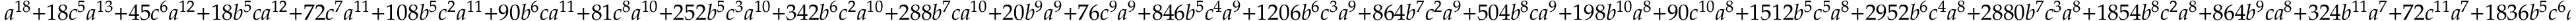
a ^ { 1 8 } + 1 8 c ^ { 5 } a ^ { 1 3 } + 4 5 c ^ { 6 } a ^ { 1 2 } + 1 8 b ^ { 5 } c a ^ { 1 2 } + 7 2 c ^ { 7 } a ^ { 1 1 } + 1 0 8 b ^ { 5 } c ^ { 2 } a ^ { 1 1 } + 9 0 b ^ { 6 } c a ^ { 1 1 } + 8 1 c ^ { 8 } a ^ { 1 0 } + 2 5 2 b ^ { 5 } c ^ { 3 } a ^ { 1 0 } + 3 4 2 b ^ { 6 } c ^ { 2 } a ^ { 1 0 } + 2 8 8 b ^ { 7 } c a ^ { 1 0 } + 2 0 b ^ { 9 } a ^ { 9 } + 7 6 c ^ { 9 } a ^ { 9 } + 8 4 6 b ^ { 5 } c ^ { 4 } a ^ { 9 } + 1 2 0 6 b ^ { 6 } c ^ { 3 } a ^ { 9 } + 8 6 4 b ^ { 7 } c ^ { 2 } a ^ { 9 } + 5 0 4 b ^ { 8 } c a ^ { 9 } + 1 9 8 b ^ { 1 0 } a ^ { 8 } + 9 0 c ^ { 1 0 } a ^ { 8 } + 1 5 1 2 b ^ { 5 } c ^ { 5 } a ^ { 8 } + 2 9 5 2 b ^ { 6 } c ^ { 4 } a ^ { 8 } + 2 8 8 0 b ^ { 7 } c ^ { 3 } a ^ { 8 } + 1 8 5 4 b ^ { 8 } c ^ { 2 } a ^ { 8 } + 8 6 4 b ^ { 9 } c a ^ { 8 } + 3 2 4 b ^ { 1 1 } a ^ { 7 } + 7 2 c ^ { 1 1 } a ^ { 7 } + 1 8 3 6 b ^ { 5 } c ^ { 6 } a ^ { 7 } + 4 2 8 4 b ^ { 6 } c ^ { 5 } a ^ { 7 } + 6 3 0 0 b ^ { 7 } c ^ { 4 } a ^ { 7 } + 4 6 0 8 b ^ { 8 } c ^ { 3 } a ^ { 7 } + 2 6 2 8 b ^ { 9 } c ^ { 2 } a ^ { 7 } + 1 3 6 8 b ^ { 1 0 } c a ^ { 7 } + 2 4 0 b ^ { 1 2 } a ^ { 6 } + 3 0 c ^ { 1 2 } a ^ { 6 } + 1 9 8 0 b ^ { 5 } c ^ { 7 } a ^ { 6 } + 5 0 7 6 b ^ { 6 } c ^ { 6 } a ^ { 6 } + 8 1 7 2 b ^ { 7 } c ^ { 5 } a ^ { 6 } + 8 6 4 0 b ^ { 8 } c ^ { 4 } a ^ { 6 } + 6 2 2 8 b ^ { 9 } c ^ { 3 } a ^ { 6 } + 5 1 1 2 b ^ { 1 0 } c ^ { 2 } a ^ { 6 } + 1 9 0 8 b ^ { 1 1 } c a ^ { 6 } + 2 8 8 b ^ { 1 3 } a ^ { 5 } + 1 8 c ^ { 1 3 } a ^ { 5 } + 1 4 4 0 b ^ { 5 } c ^ { 8 } a ^ { 5 } + 4 7 8 8 b ^ { 6 } c ^ { 7 } a ^ { 5 } + 8 0 2 8 b ^ { 7 } c ^ { 6 } a ^ { 5 } + 1 0 3 6 8 b ^ { 8 } c ^ { 5 } a ^ { 5 } + 9 6 1 2 b ^ { 9 } c ^ { 4 } a ^ { 5 } + 1 0 1 5 2 b ^ { 1 0 } c ^ { 3 } a ^ { 5 } + 6 0 8 4 b ^ { 1 1 } c ^ { 2 } a ^ { 5 } + 1 4 4 0 b ^ { 1 2 } c a ^ { 5 } + 2 8 8 b ^ { 1 4 } a ^ { 4 } + 9 c ^ { 1 4 } a ^ { 4 } + 7 7 4 b ^ { 5 } c ^ { 9 } a ^ { 4 } + 2 6 6 4 b ^ { 6 } c ^ { 8 } a ^ { 4 } + 6 1 5 6 b ^ { 7 } c ^ { 7 } a ^ { 4 } + 8 3 1 6 b ^ { 8 } c ^ { 6 } a ^ { 4 } + 9 9 7 2 b ^ { 9 } c ^ { 5 } a ^ { 4 } + 1 2 4 2 0 b ^ { 1 0 } c ^ { 4 } a ^ { 4 } + 1 0 2 6 0 b ^ { 1 1 } c ^ { 3 } a ^ { 4 } + 3 6 0 0 b ^ { 1 2 } c ^ { 2 } a ^ { 4 } + 1 4 4 0 b ^ { 1 3 } c a ^ { 4 } + 3 6 0 b ^ { 5 } c ^ { 1 0 } a ^ { 3 } + 1 0 9 8 b ^ { 6 } c ^ { 9 } a ^ { 3 } + 3 0 6 0 b ^ { 7 } c ^ { 8 } a ^ { 3 } + 4 8 9 6 b ^ { 8 } c ^ { 7 } a ^ { 3 } + 5 9 6 4 b ^ { 9 } c ^ { 6 } a ^ { 3 } + 1 0 1 5 2 b ^ { 1 0 } c ^ { 5 } a ^ { 3 } + 9 9 0 0 b ^ { 1 1 } c ^ { 4 } a ^ { 3 } + 4 8 0 0 b ^ { 1 2 } c ^ { 3 } a ^ { 3 } + 2 8 8 0 b ^ { 1 3 } c ^ { 2 } a ^ { 3 } + 1 1 5 2 b ^ { 1 4 } c a ^ { 3 } + 7 2 b ^ { 5 } c ^ { 1 1 } a ^ { 2 } + 4 8 6 b ^ { 6 } c ^ { 1 0 } a ^ { 2 } + 9 0 0 b ^ { 7 } c ^ { 9 } a ^ { 2 } + 1 8 7 2 b ^ { 8 } c ^ { 8 } a ^ { 2 } + 2 8 4 4 b ^ { 9 } c ^ { 7 } a ^ { 2 } + 5 1 1 2 b ^ { 1 0 } c ^ { 6 } a ^ { 2 } + 6 0 1 2 b ^ { 1 1 } c ^ { 5 } a ^ { 2 } + 3 6 0 0 b ^ { 1 2 } c ^ { 4 } a ^ { 2 } + 2 8 8 0 b ^ { 1 3 } c ^ { 3 } a ^ { 2 } + 1 7 2 8 b ^ { 1 4 } c ^ { 2 } a ^ { 2 } + 1 8 b ^ { 5 } c ^ { 1 2 } a + 5 4 b ^ { 6 } c ^ { 1 1 } a + 1 8 0 b ^ { 7 } c ^ { 1 0 } a + 3 6 0 b ^ { 8 } c ^ { 9 } a + 7 2 0 b ^ { 9 } c ^ { 8 } a + 1 3 6 8 b ^ { 1 0 } c ^ { 7 } a + 2 1 2 4 b ^ { 1 1 } c ^ { 6 } a + 1 4 4 0 b ^ { 1 2 } c ^ { 5 } a + 1 4 4 0 b ^ { 1 3 } c ^ { 4 } a + 1 1 5 2 b ^ { 1 4 } c ^ { 3 } a + 3 6 b ^ { 7 } c ^ { 1 1 } + 5 4 b ^ { 8 } c ^ { 1 0 } + 6 0 b ^ { 9 } c ^ { 9 } + 1 9 8 b ^ { 1 0 } c ^ { 8 } + 2 5 2 b ^ { 1 1 } c ^ { 7 } + 2 4 0 b ^ { 1 2 } c ^ { 6 } + 2 8 8 b ^ { 1 3 } c ^ { 5 } + 2 8 8 b ^ { 1 4 } c ^ { 4 }